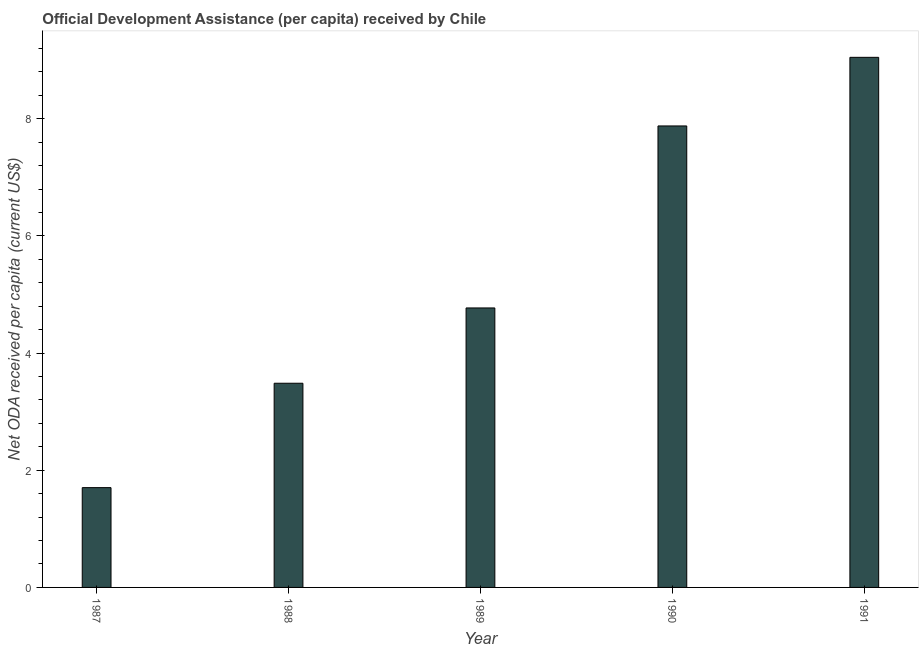
| Year | Net ODA received per capita |
 | --- | --- |
 | 1987 | 1.7 |
 | 1988 | 3.49 |
 | 1989 | 4.77 |
 | 1990 | 7.88 |
 | 1991 | 9.05 |